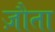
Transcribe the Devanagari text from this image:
ज़ौता